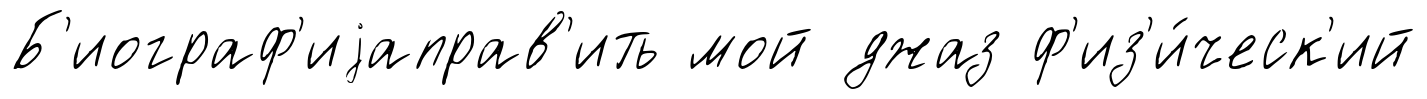
Б'иограф'иjаправ'ить мой джаз ф'из'и́ческ'ий